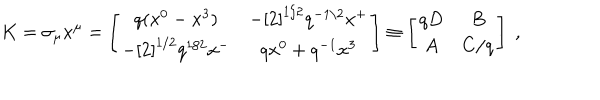
K = \sigma _ { \mu } x ^ { \mu } = \left[ \begin{array} { c c } { { q ( x ^ { 0 } - x ^ { 3 } ) } } & { { - \left[ 2 \right] ^ { 1 / 2 } q ^ { - 1 / 2 } x ^ { + } } } \\ { { - \left[ 2 \right] ^ { 1 / 2 } q ^ { 1 / 2 } x ^ { - } } } & { { q x ^ { 0 } + q ^ { - 1 } x ^ { 3 } } } \\ \end{array} \right] \equiv \left[ \begin{array} { c c } { { q D } } & { { B } } \\ { { A } } & { { C / q } } \\ \end{array} \right] \; ,